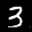
Label: 3